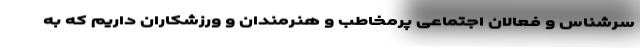
سرشناس و فعالان اجتماعی پرمخاطب و هنرمندان و ورزشکاران داریم که به